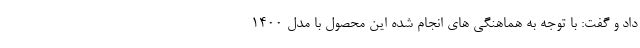
داد و گفت: با توجه به هماهنگی های انجام شده این محصول با مدل ۱۴۰۰